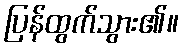
ပြန်ထွက်သွား၏။